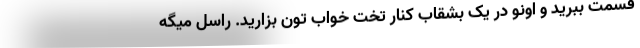
قسمت ببرید و اونو در یک بشقاب کنار تخت خواب تون بزارید. راسل میگه